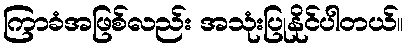
ကြာခံအဖြစ်လည်း အသုံးပြုနိုင်ပါတယ်။